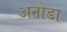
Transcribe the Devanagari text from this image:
अनोडा